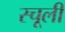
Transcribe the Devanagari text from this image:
स्चूली